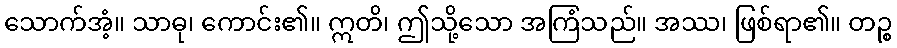
သောက်အံ့။ သာဓု၊ ကောင်း၏။ ဣတိ၊ ဤသို့သော အကြံသည်။ အဿ၊ ဖြစ်ရာ၏။ တဉ္စ